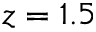
z = 1 . 5